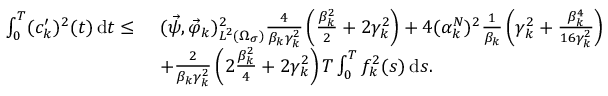
\begin{array} { r l } { \int _ { 0 } ^ { T } ( c _ { k } ^ { \prime } ) ^ { 2 } ( t ) \, \mathrm d t \leq \ } & { ( \vec { \psi } , \vec { \varphi } _ { k } ) _ { L ^ { 2 } ( \Omega _ { \sigma } ) } ^ { 2 } \frac { 4 } { \beta _ { k } \gamma _ { k } ^ { 2 } } \left( \frac { \beta _ { k } ^ { 2 } } { 2 } + 2 \gamma _ { k } ^ { 2 } \right) + 4 ( \alpha _ { k } ^ { N } ) ^ { 2 } \frac { 1 } { \beta _ { k } } \left( \gamma _ { k } ^ { 2 } + \frac { \beta _ { k } ^ { 4 } } { 1 6 \gamma _ { k } ^ { 2 } } \right) } \\ & { + \frac { 2 } { \beta _ { k } \gamma _ { k } ^ { 2 } } \left( 2 \frac { \beta _ { k } ^ { 2 } } { 4 } + 2 \gamma _ { k } ^ { 2 } \right) T \int _ { 0 } ^ { T } f _ { k } ^ { 2 } ( s ) \, \mathrm d s . } \end{array}